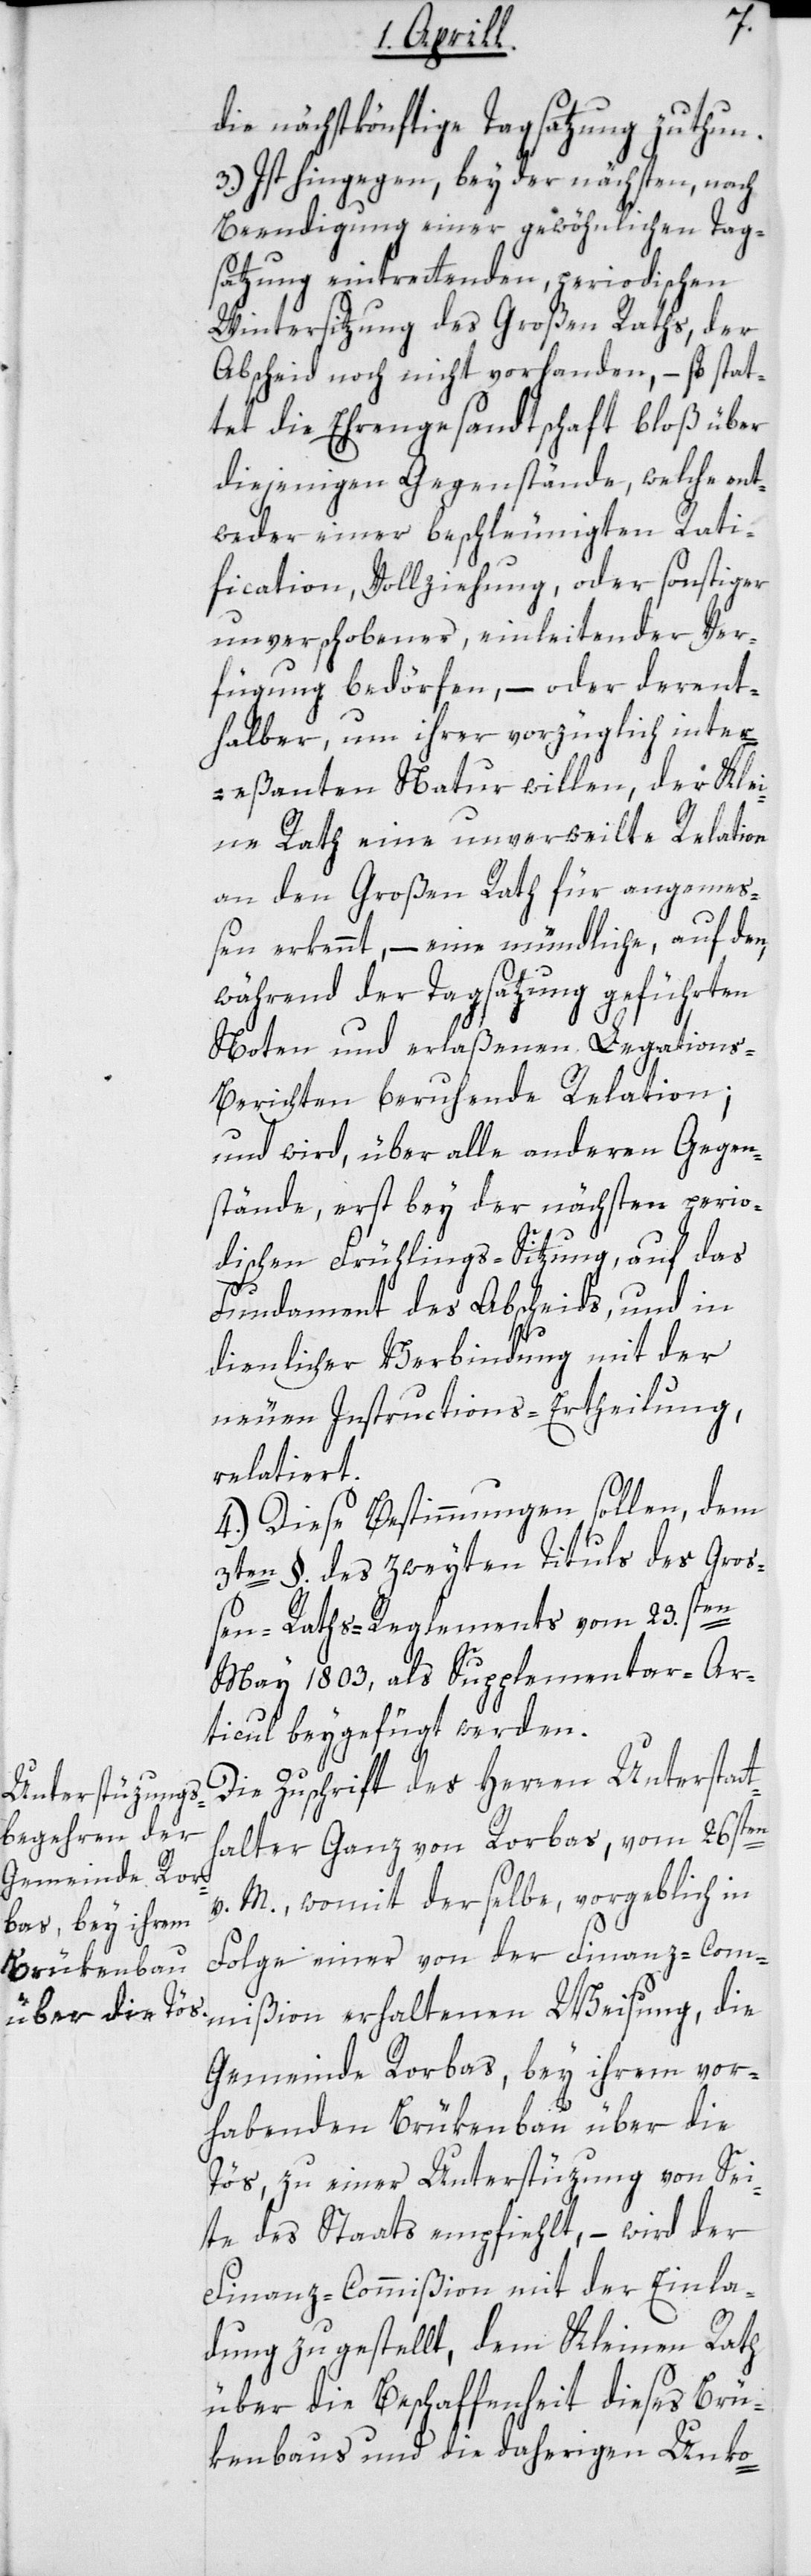
ßion
die nächstkönftige Tagsatzung zu thun.
3.) Ist hingegen, bey der nächsten, nach
Beendigung einer gewöhnlichen Tag¬
satzung eintretenden, periodischen
Wintersitzung des Großen Raths, der
Abscheid noch nicht vorhanden, – so stat¬
tet die Ehrengesandtschaft bloß über
diejenigen Gegenstände, welche ent¬
weder einer beschleunigten Rati¬
fication, Vollziehung, oder sonstiger
unverschobener, einleitender Ver¬
fügung bedörfen, – oder derent¬
halber, um ihrer vorzüglich inter¬
eßanten Natur willen, der Klei¬
ne Rath eine unverweilte Relation
an den Großen Rath für angemeß¬
en erkennt, – eine mündliche, auf den,
während der Tagsatzung geführten
Noten und erlaßenen Legations-B¬
erichten beruhende Relation;
und wird über alle anderen Gegen¬
stände, erst bey der nächsten perio¬
dischen Frühlings-Sitzung, auf das
Fundament des Abscheids, und in
dienlicher Verbindung mit der
neuen Instructions-Ertheilung
relatiert.
4.) Diese Bestimmungen sollen, dem
3ten §. des zweyten Tituls des Gro¬
ßen-Raths-Reglements vom 23.sten
May 1803, als Supplementar-Ar¬
ticul beygefügt werden.
Die Zuschrift des Herren Unterstat¬
thalter Ganz von Rorbas, vom 26sten
v. M., womit derselbe, vorgeblich in
Folge einer von der Finanz-Commi¬
Gemeinde Rorbas bey ihrem vor¬
habenden Brükenbau über die
Tös, zu einer Unterstüzung von Sei¬
te des Staats empfiehlt, – wird der
Finanz-Commißion mit der Einla¬
dung zugestellt, dem Kleinen Rath
über die Beschaffenheit dieses Brü¬
kenbaus und die daherigen Unko-